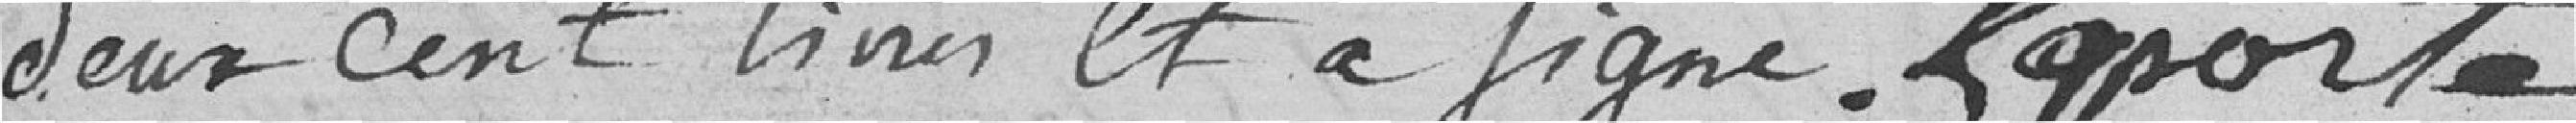
deux cent lives et a signé. Laporte